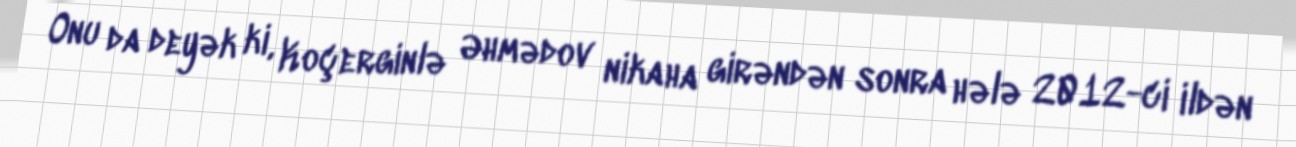
Onu da deyək ki, Koçerginlə Əhmədov nikaha girəndən sonra hələ 2012-ci ildən